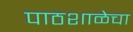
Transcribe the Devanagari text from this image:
पाठशाळेचा